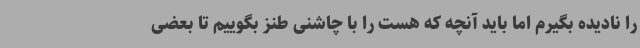
را نادیده بگیرم اما باید آنچه که هست را با چاشنی طنز بگوییم تا بعضی